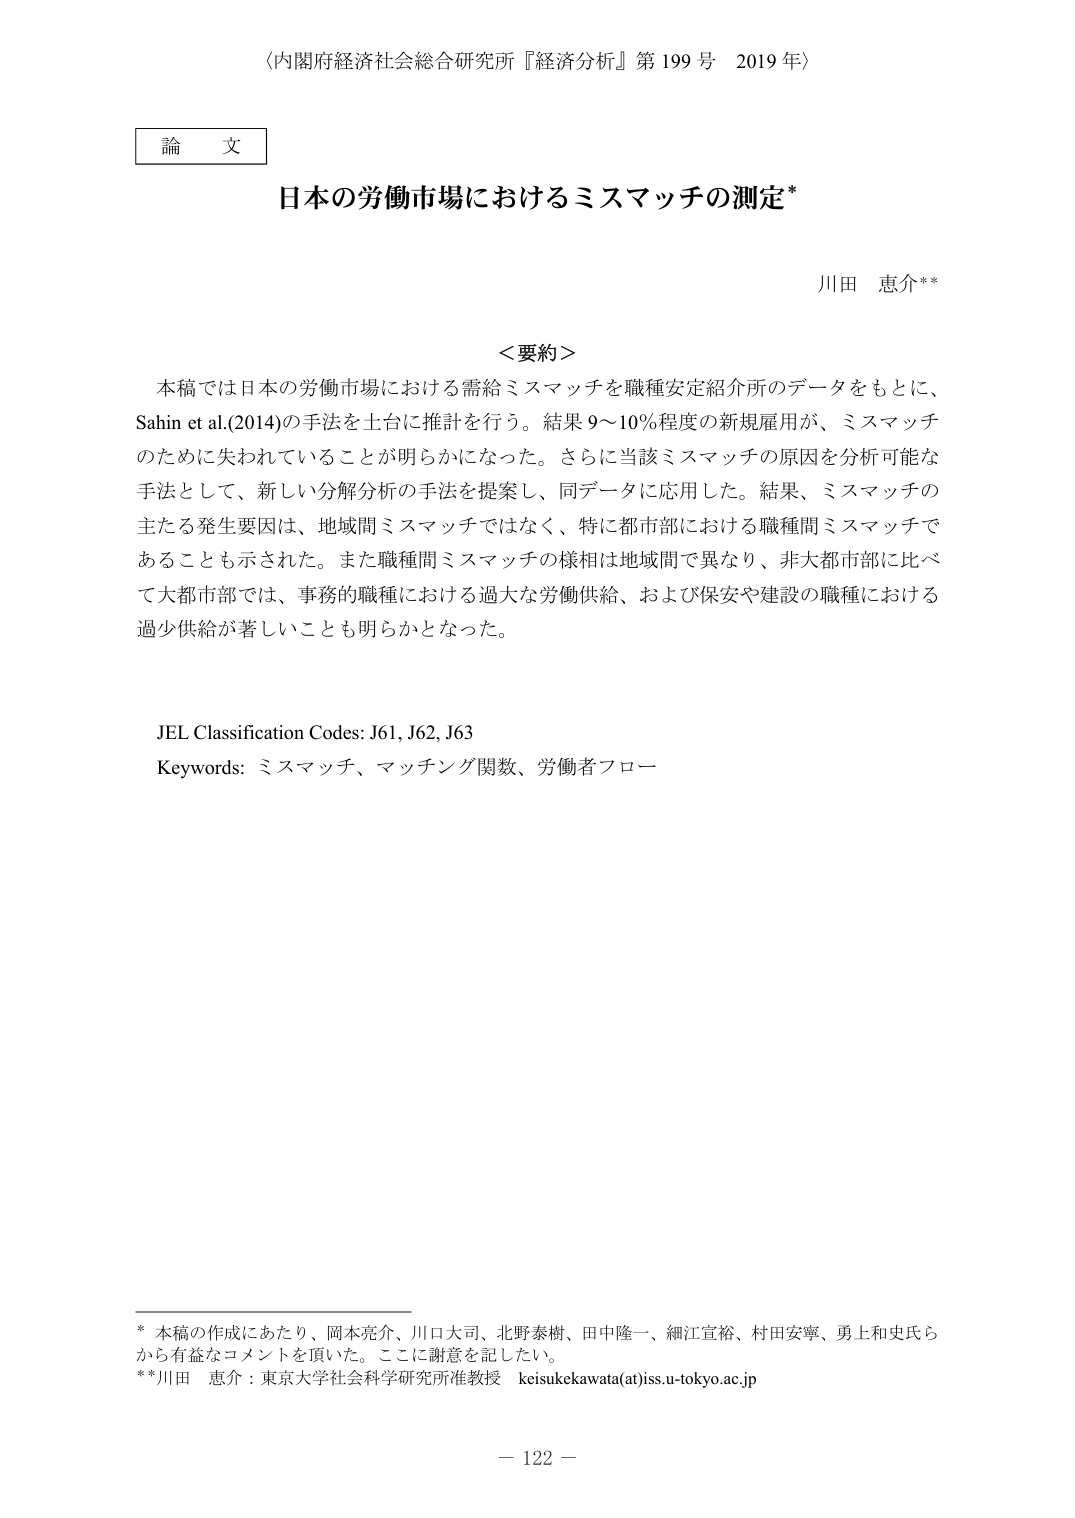
〈内閣府経済社会総合研究所『経済分析』第199号 2019年〉

論文

日本の労働市場におけるミスマッチの測定*

川田 恵介**

＜要約＞
本稿では日本の労働市場における需給ミスマッチを職種安定紹介所のデータをもとに、Sahin et al.(2014)の手法を土台に推計を行う。結果9～10％程度の新規雇用が、ミスマッチのために失われていることが明らかになった。さらに当該ミスマッチの原因を分析可能な手法として、新しい分解分析の手法を提案し、同データに応用した。結果、ミスマッチの主たる発生要因は、地域間ミスマッチではなく、特に都市部における職種間ミスマッチであることも示された。また職種間ミスマッチの様相は地域間で異なり、非大都市部に比べて大都市部では、事務的職種における過大な労働供給、および保安や建設の職種における過少供給が著しいことも明らかとなった。

JEL Classification Codes: J61, J62, J63
Keywords: ミスマッチ、マッチング関数、労働者フロー

* 本稿の作成にあたり、岡本亮介、川口大司、北野泰樹、田中隆一、細江宣裕、村田安寧、勇上和史氏らから有益なコメントを頂いた。ここに謝意を記したい。
** 川田 恵介：東京大学社会科学研究所准教授 keisukekawata(at)iss.u-tokyo.ac.jp

－ 122 －